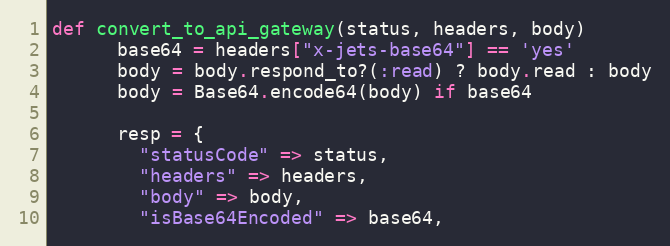
Language: Ruby
def convert_to_api_gateway(status, headers, body)
      base64 = headers["x-jets-base64"] == 'yes'
      body = body.respond_to?(:read) ? body.read : body
      body = Base64.encode64(body) if base64

      resp = {
        "statusCode" => status,
        "headers" => headers,
        "body" => body,
        "isBase64Encoded" => base64,